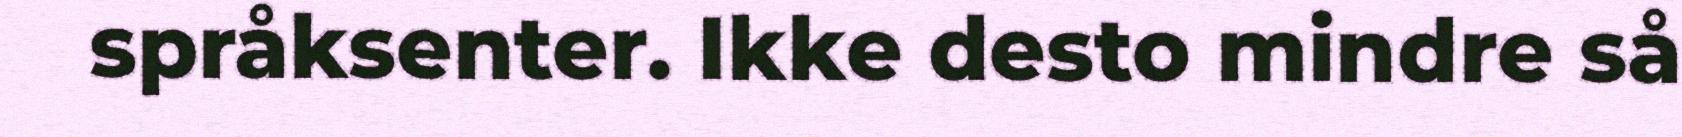
språksenter. Ikke desto mindre så